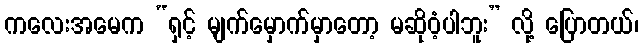
ကလေးအမေက “ရှင့် မျက်မှောက်မှာတော့ မဆိုဝံ့ပါဘူး” လို့ ပြောတယ်၊